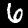
Label: 6